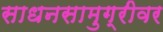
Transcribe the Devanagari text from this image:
साधनसामुग्रीवर